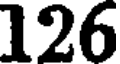
126